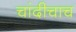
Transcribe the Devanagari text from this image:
चांदीचाच